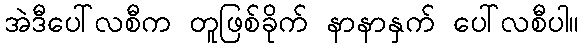
အဲဒီပေါ်လစီက တူဖြစ်ခိုက် နာနာနှက် ပေါ်လစီပါ။